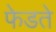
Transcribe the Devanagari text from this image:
फेडते